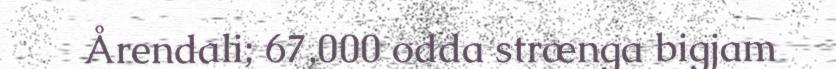
Årendali; 67,000 odda strænga bigjam